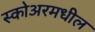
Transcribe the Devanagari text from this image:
स्कोअरमधील